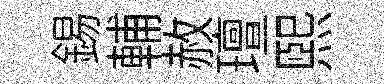
錫輔赦璮熙